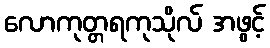
လောကုတ္တရကုသိုလ် အဖွင့်